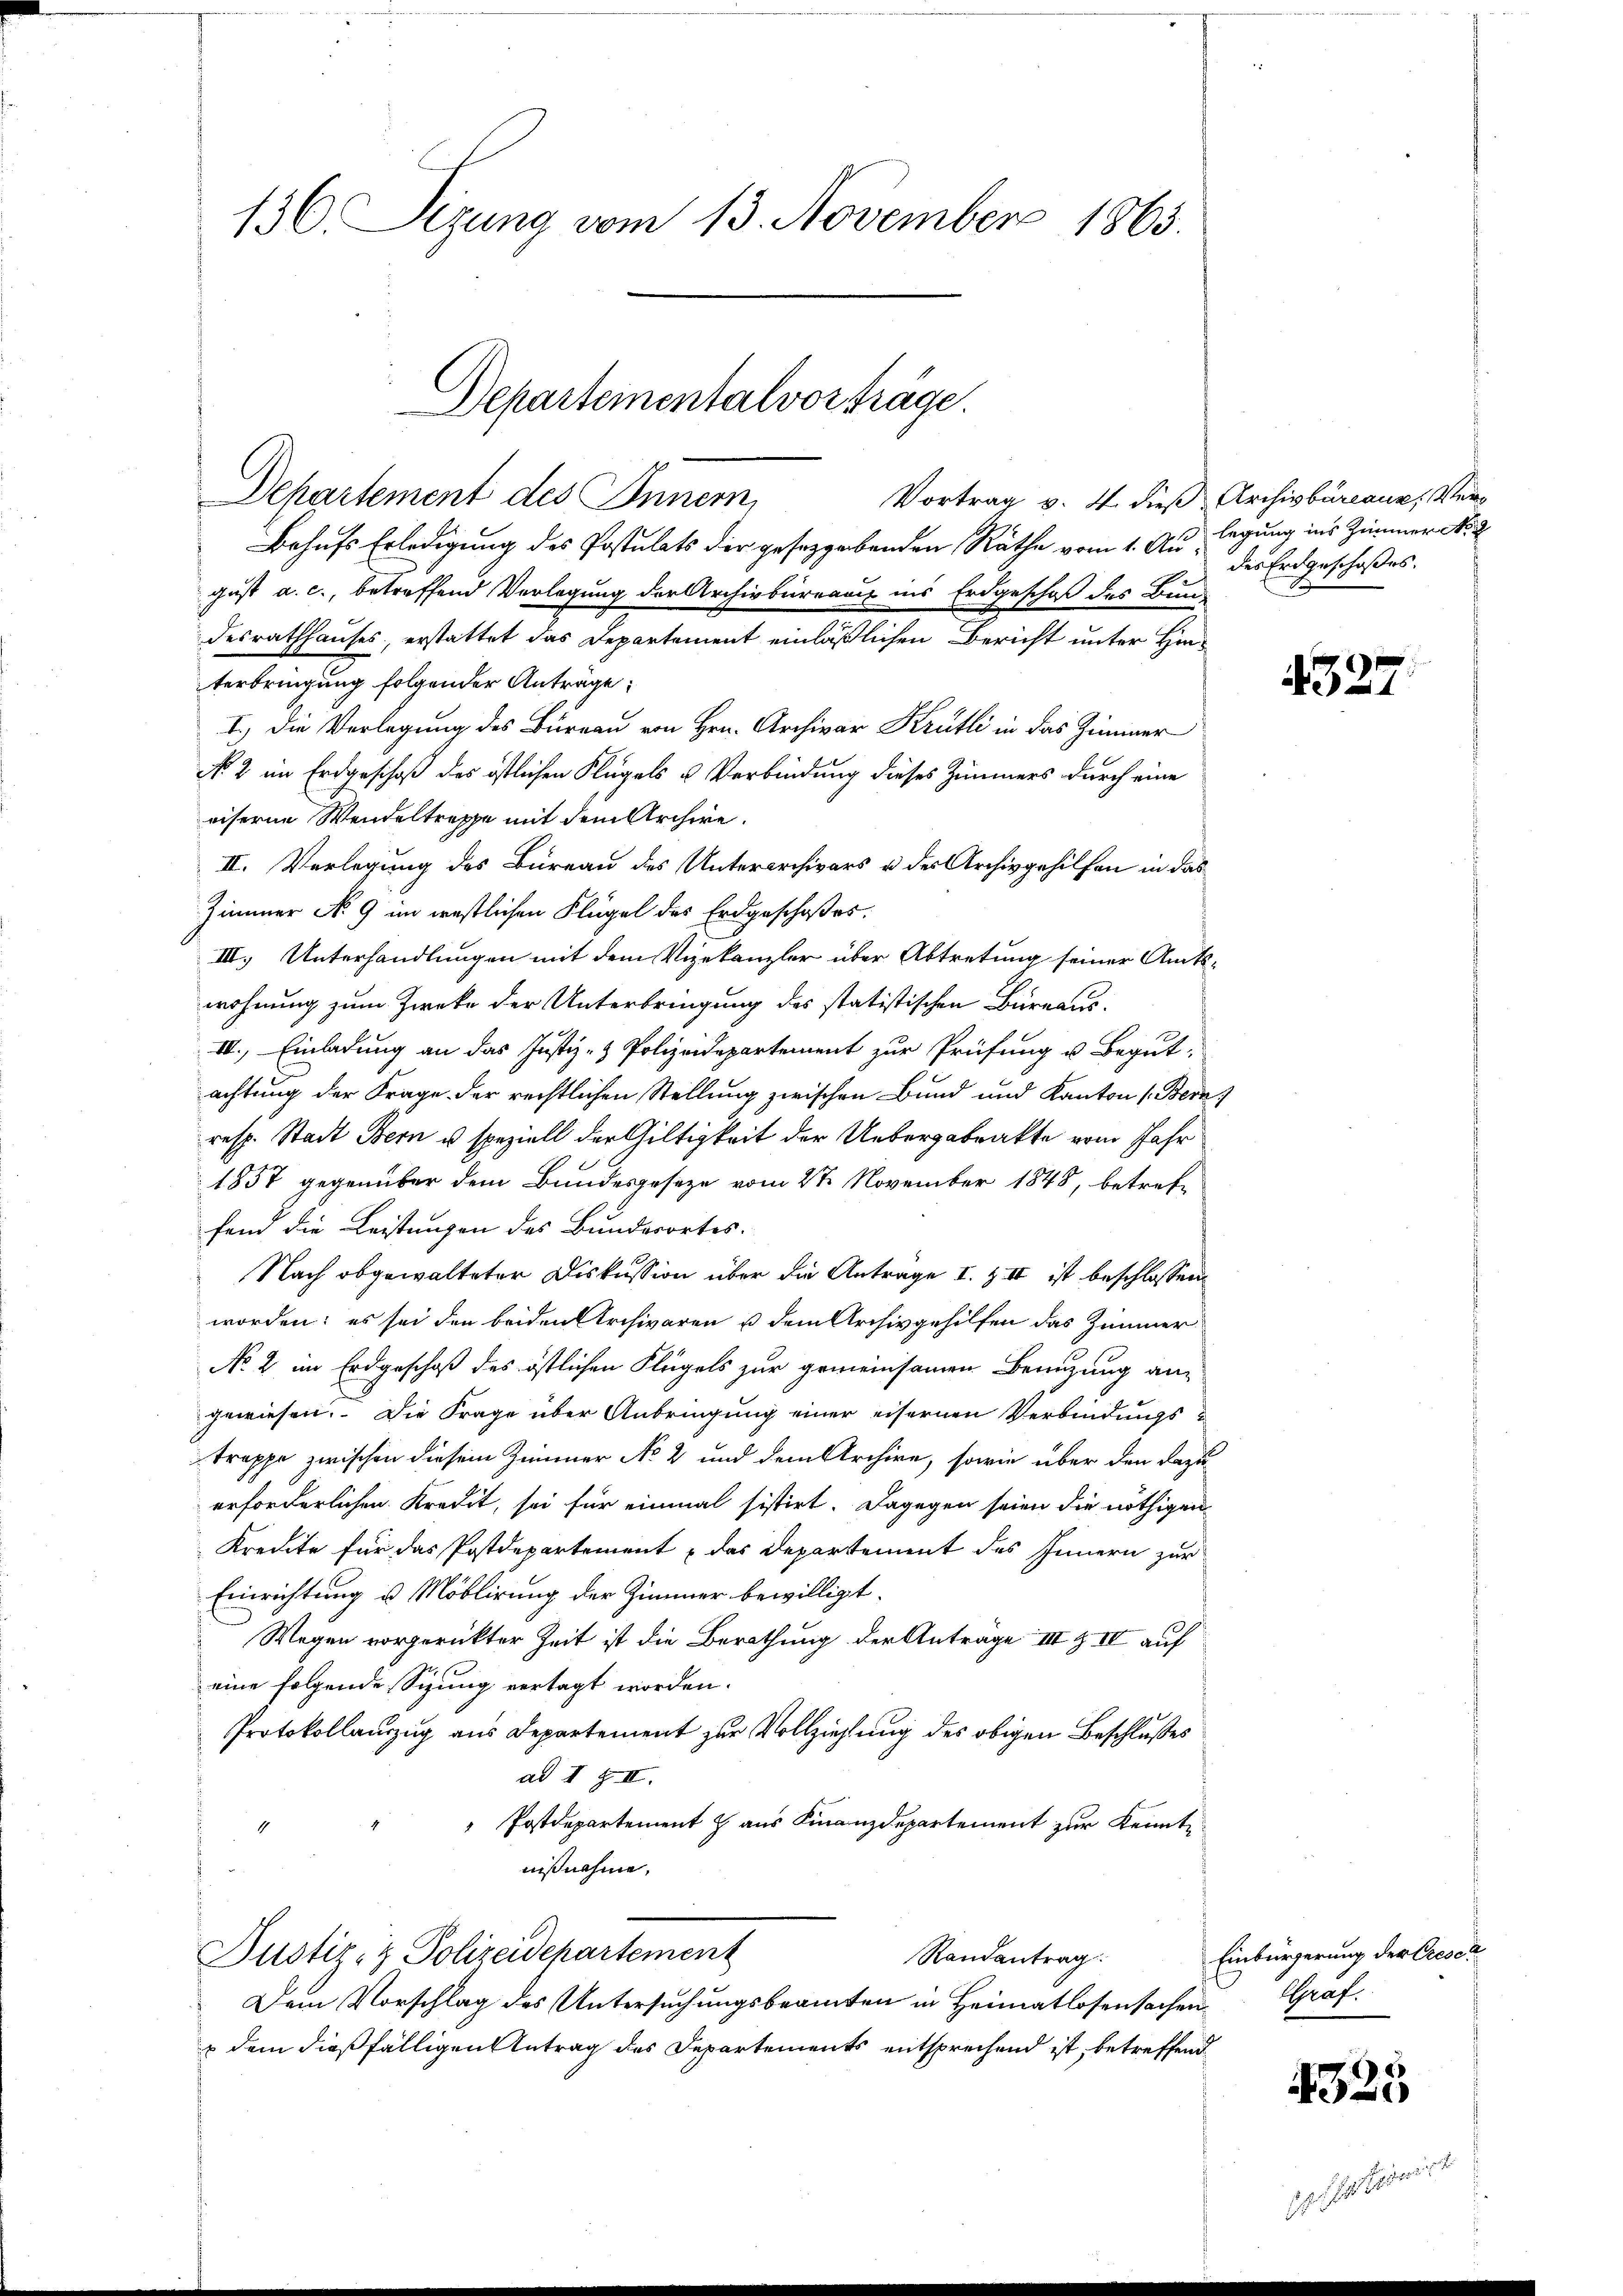
136. Sizung vom 13. November 1863.

Departeinentalvorträge.

Departement des Innern,
Behufs Erledigung des Postulats der gesetzgebenden Räthe vom 1. August a. c., betreffend Verlegung der Archivbureau ins Erdgeschaft des Bund
desrathhauses, erstattet das Departement einläßlichen Bericht unter Hinterbringung folgender Anträge:
I.) Die Verlegung des Büreau von Hrn. Archivar Krütli in das Zimmer
No 2 im Erdgeschoß des östlichen Flügels u Verbindung dieses Zimmers durch eine
eiserne Wendeltreffe mit dem Archive.
II. Vorlegung des Büreau des Unterarchivars u der Archivgehilfen in das
Zimmer No 9 im westlichen Flügel des Erdgeschoßes
III. Unterhandlungen mit dem Vizekanzler über Abtretung seiner Amts-
wohnung zum Zweke der Unterbringung des statistischen Bureaus-
III., Einladung an das Justiz- & Polizeidepartement zur Prüfung u. Begut-
achtung der Frage der rechtlichen Stellung zwischen Bund und Kanton (Bern
resp. Stadt Bern u. speziell der Gültigkeit der Uebergabrakte vom Jahr
1857 gegenüber dem Bundesgeseze vom 2ten November 1848, betreffein die Leistungen des Bundesortes.
Nach abgewalteter Diskussion über die Anträge I. Z II ist beschlossen:
worden; es sei den beiden Archivaren u dem Archivgehilfen das Zimmer
No 2. im Erdgeschoß des östlichen Flügels zur gemeinsamen Benuzung an
gewiesen. Die Frage über Anbringung einer eisernen Verbindungs-
trappe zwischen diesem Zimmer No 2 und dem Archive, sowie über den dazu
erforderlichen Kredit, sei für einmal sistirt. Dagegen seien die nöthigen
Kreute für das Postdepartement das Departement des Innern zur
Einrichtung u. Moblirung der Zimmer bewilligt.
Wegen vorgerückter Zeit ist die Berathung der Anträge III & IV auf
eine folgende Sizung vertagt worden.
Protokollauszug aus Departement zur Vollziehung des obigen Beschlusses
ad I § II.
Postdepartement & aus Finanzdepartement zur Kennte
4
nißnahme,
Justiz- & Polizeidepartement
Randantrag
Dem Vorschlag des Untersuchungsbeamten in Heimatlosensachen Graf
s dem dießfälligen Antrag des Departements entsprechend ist, betreffend

Vortrag v. 4. dieß Archivbüreaux, Verlegung ins Zimmer No. 2
des Erdgeschoßes.

4327.

Einbürgerung der Creser

4325